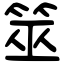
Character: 筮